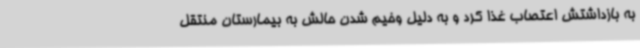
به بازداشتش اعتصاب غذا کرد و به دلیل وخیم شدن حالش به بیمارستان منتقل